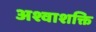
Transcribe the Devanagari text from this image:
अश्वाशक्ति